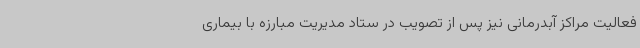
فعالیت مراکز آبدرمانی نیز پس از تصویب در ستاد مدیریت مبارزه با بیماری